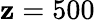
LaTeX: \mathbf{z}=500